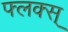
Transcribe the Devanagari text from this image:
फ्लक्स्